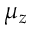
\mu _ { z }